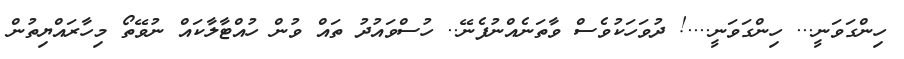
ހިންގަވަނީ... ހިންގަވަނީ....! ދުވަހަކުވެސް ވާތަނެއްނުފެނޭ.. ހުސްވައުދު ތައް ވުން ހުއްޓާލާކައް ނުވޭތޯ މިހާރައްޔިތުން